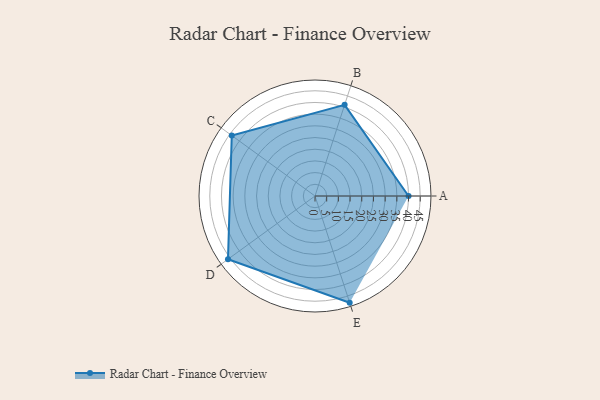
{"axis": {"x": "Skill", "y": "Score"}, "legend": ["Profile"], "data": [{"x": "A", "y": 40.0, "type": "Profile"}, {"x": "B", "y": 41.0, "type": "Profile"}, {"x": "C", "y": 44.0, "type": "Profile"}, {"x": "D", "y": 46.0, "type": "Profile"}, {"x": "E", "y": 48.0, "type": "Profile"}]}